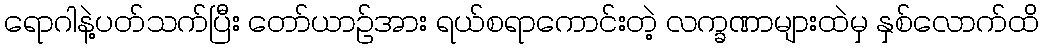
ရောဂါနဲ့ပတ်သက်ပြီး တော်ယာဉ်အား ရယ်စရာကောင်းတဲ့ လက္ခဏာများထဲမှ နှစ်လောက်ထိ